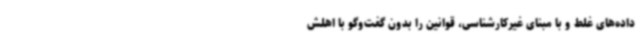
داده‌های غلط و با مبنای غیرکارشناسی، قوانین را بدون گفت‌وگو با اهلش